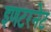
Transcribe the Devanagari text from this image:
इणटरनेट